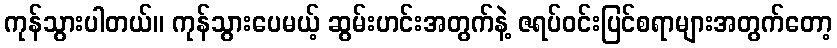
ကုန်သွားပါတယ်။ ကုန်သွားပေမယ့် ဆွမ်းဟင်းအတွက်နဲ့ ဇရပ်ဝင်းပြင်စရာများအတွက်တော့